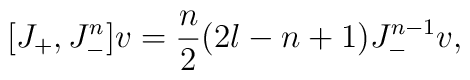
[J_+,J_-^n]v = {n\over 2} (2l - n +1) J_-^{n-1} v,